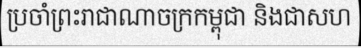
ប្រចាំព្រះរាជាណាចក្រកម្ពុជា និងជាសហ